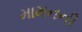
મામનની